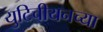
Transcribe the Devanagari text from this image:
युटिचीयनच्या